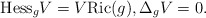
\begin{align*}\mbox{Hess}_g V = V \mbox{Ric}(g),\Delta_g V =0.\end{align*}